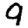
Digit: 9